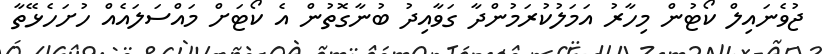
ޖުވެނައިލް ކޯޓުން މިހާރު އަމަލުކުރަމުންދާ ގަވާއިދު ބުނާގޮތުން އެ ކޯޓަށް މައްސަލައެއް ހުށަހެޅޭތާ